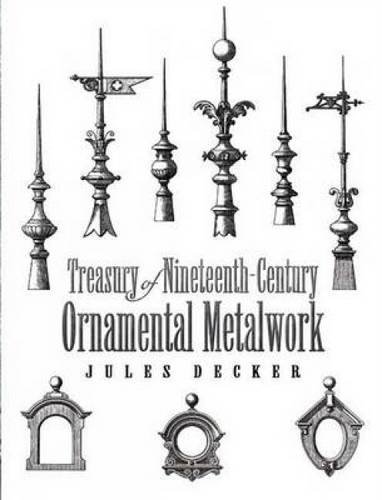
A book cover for Treasury of Nineteenth-Century Ornamental Metalwork (Dover Jewelry and Metalwork); Jules Decker; Crafts, Hobbies & Home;